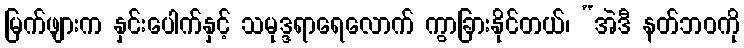
မြက်ဖျားက နှင်းပေါက်နှင့် သမုဒ္ဒရာရေလောက် ကွာခြားနိုင်တယ်၊ “အဲဒီ နတ်ဘဝကို